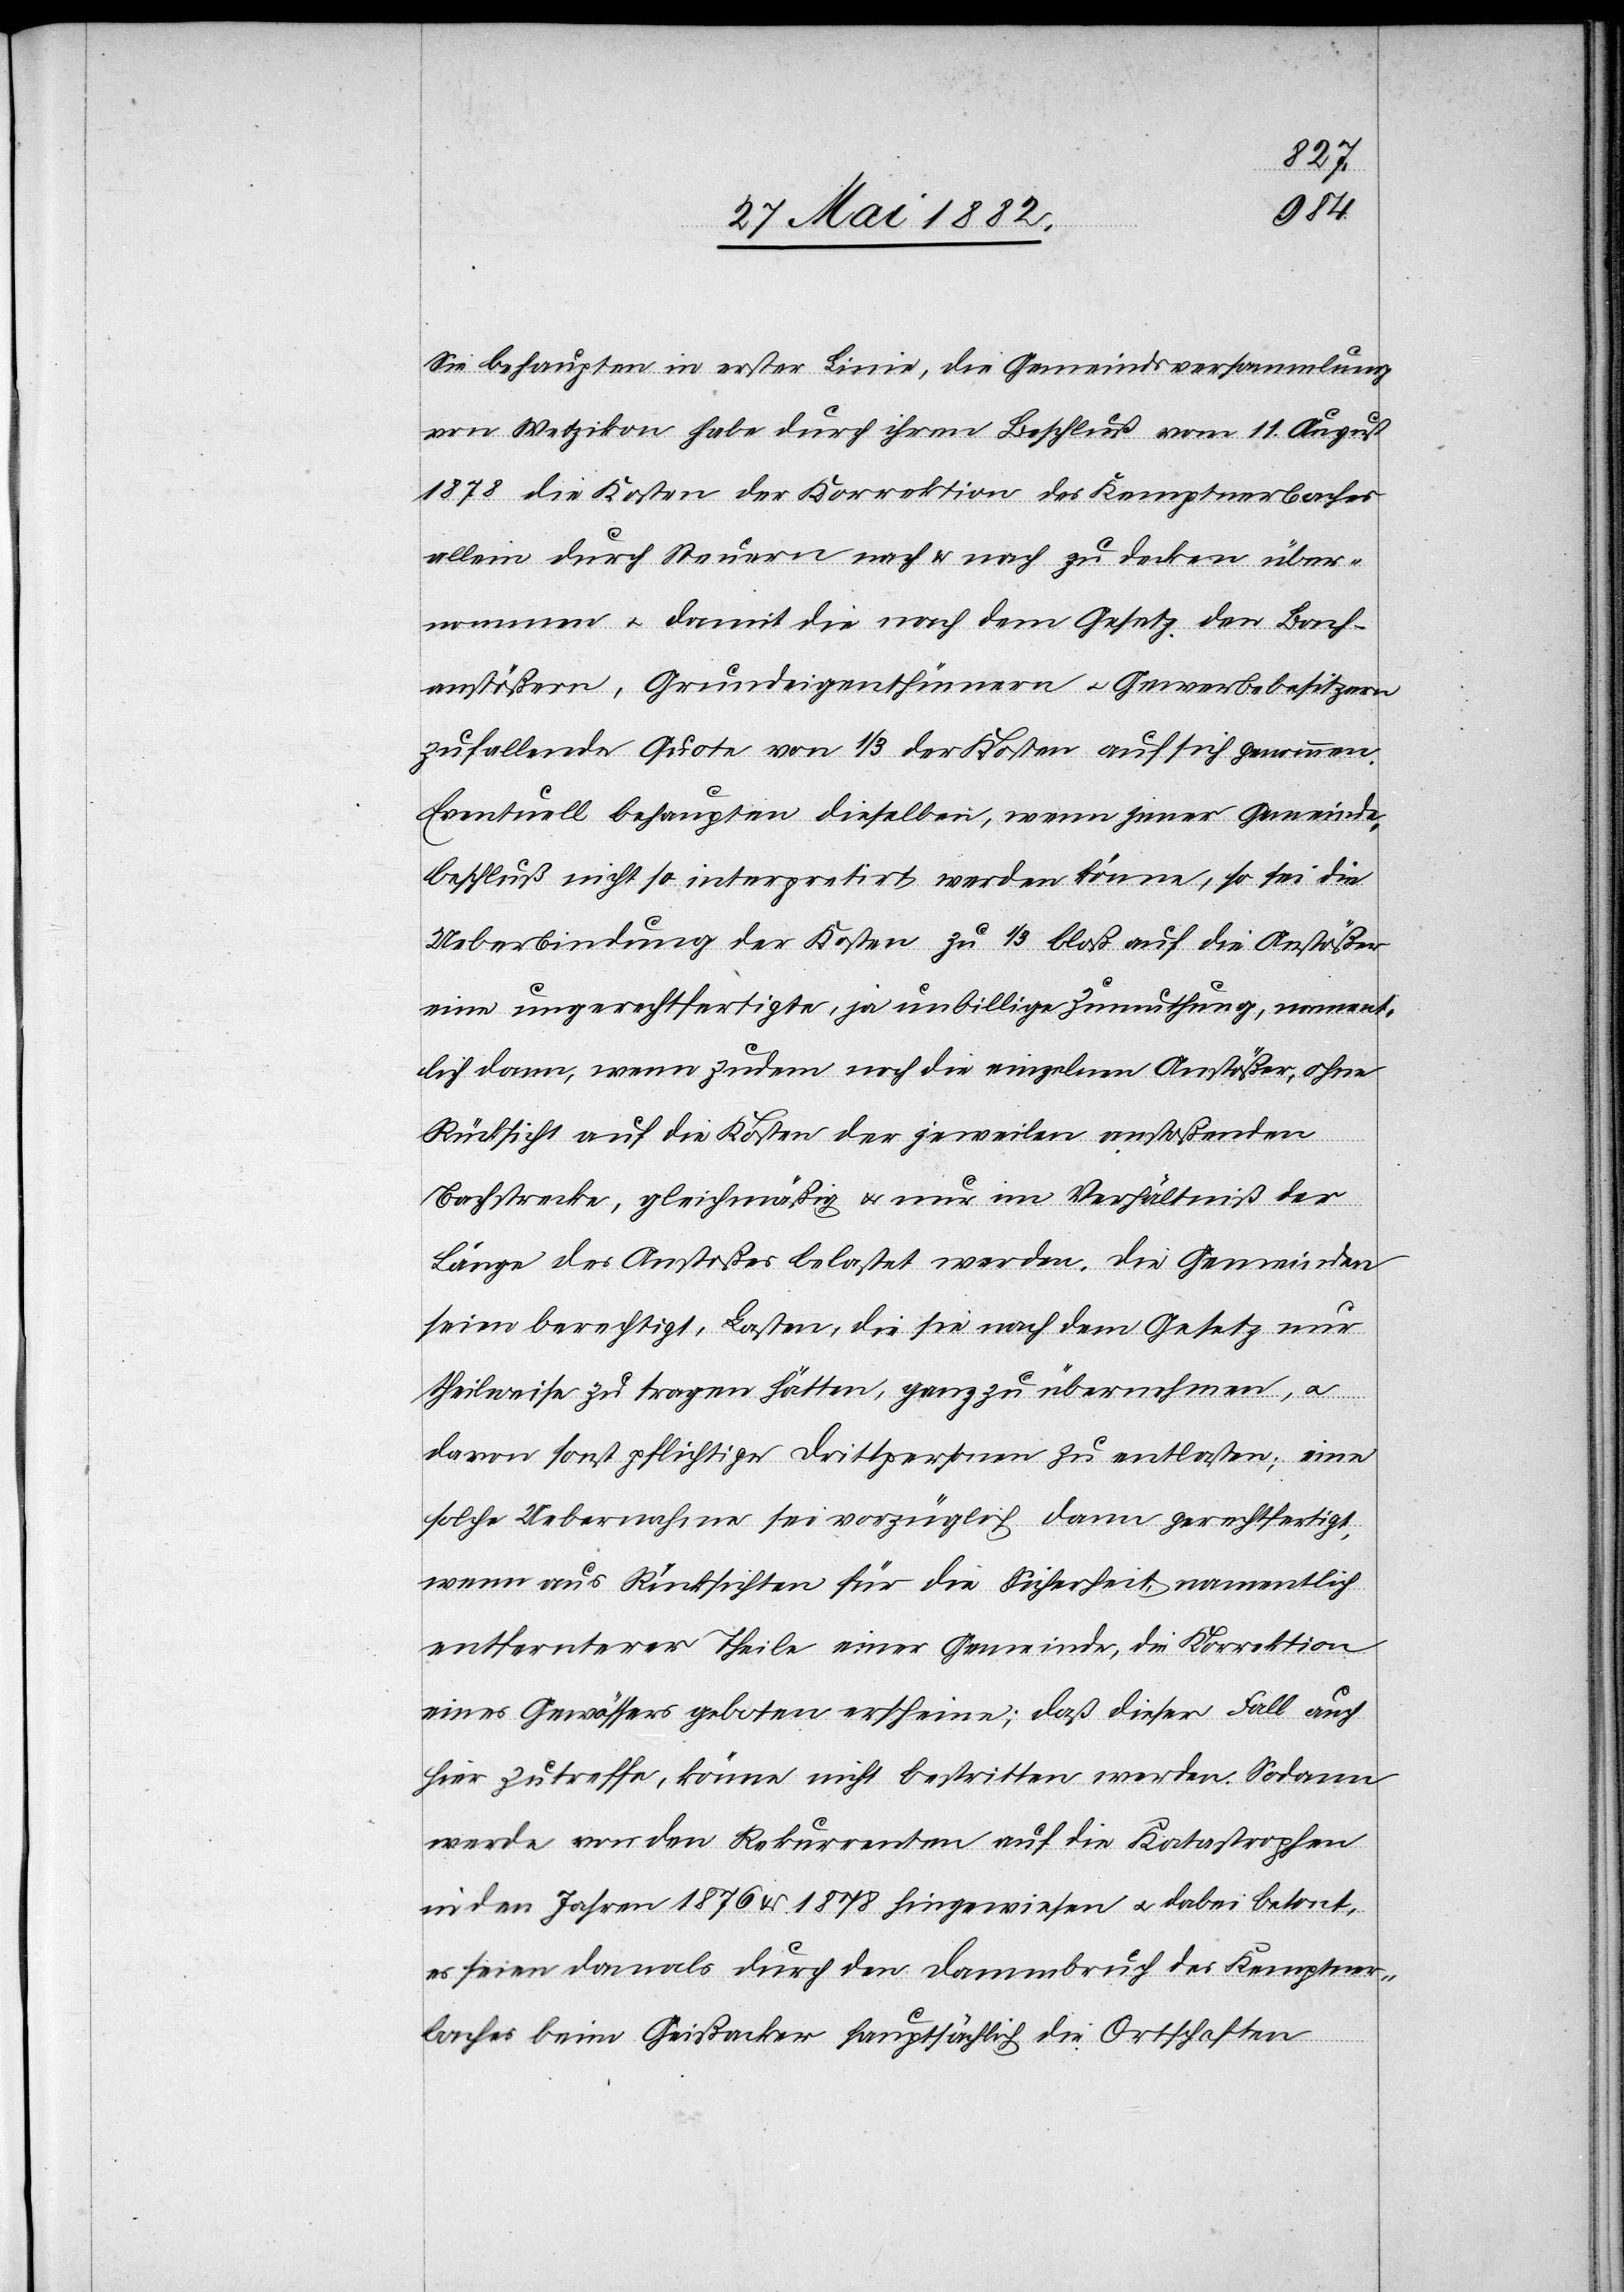
Sie behaupten in erster Linie, die Gemeindsversammlung
von Wetzikon habe durch ihren Beschluß vom 11. August
1878 die Kosten der Korrektion des Kemptnerbaches
allein durch Steuern nach & nach zu decken über¬
nommen u. damit die nach dem Gesetz den Bach¬
anstößern, Grundeigenthümern u. Gewerbsbesitzern
zufallende Quote von 1/3 der Kosten auf sich genommen.
Eventuell behaupten dieselben, wenn jener Gemeinde¬
beschluß nicht so interpretirt werden könne, so sei die
Ueberbindung der Kosten zu 1/3 bloß auf die Anstößer
eine ungerechtfertigte, ja unbillige Zumuthung, nament¬
lich dann, wenn zudem noch die einzelnen Anstößer, ohne
Rücksicht auf die Kosten der jeweilen anstoßenden
Bachstrecke, gleichmäßig & nur im Verhältniß der
Länge des Anstoßes belastet werden. Die Gemeinden
seien berechtigt, Lasten, die sie nach dem Gesetz nur
theilweise zu tragen hätten, ganz zu übernehmen, u.
davon sonst pflichtige Drittpersonen zu entlasten; eine
solche Uebernahme sei vorzüglich dann gerechtfertigt,
wenn aus Rücksichten für die Sicherheit. Namentlich
entfernterer Theile einer Gemeinde, die Korrektion
eines Gewässers geboten erscheine; daß dieser Fall auch
hier zutreffe, könne nicht bestritten werden. Sodann
werde von den Rekurrenten auf die Katastrophe
in den Jahren 1876 & 1878 hingewiesen u. dabei betont,
es seien damals durch den Dammbruch des Kemptner¬
baches beim Gießacker hauptsächlich die Ortschaften